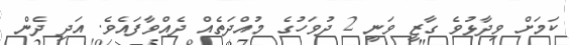
ކަމަށް ވިދާޅުވެ ގާޒީ ވަނީ 2 ދުވަހުގެ މުއްދަތެއް ދެއްވާފައެވެ. އަދި ދެން